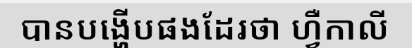
បានបង្ហើបផងដែរថា ហ្វឺកាលី